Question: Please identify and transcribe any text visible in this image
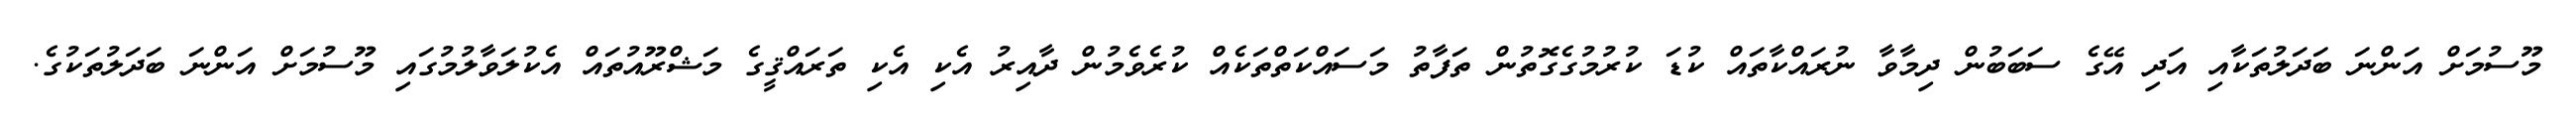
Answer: މޫސުމަށް އަންނަ ބަދަލުތަކާއި އަދި އޭގެ ސަބަބުން ދިމާވާ ނުރައްކާތައް ކުޑަ ކުރުމުގެގޮތުން ތަފާތު މަސައްކަތްތަކެއް ކުރެވެމުން ދާއިރު އެކި އެކި ތަރައްޤީގެ މަޝްރޫއުތައް އެކުލަވާލުމުގައި މޫސުމަށް އަންނަ ބަދަލުތަކުގެ.